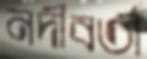
নদীবর্তী